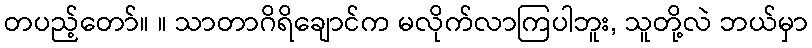
တပည့်တော်။ ။ သာတာဂိရိချောင်က မလိုက်လာကြပါဘူး, သူတို့လဲ ဘယ်မှာ